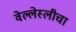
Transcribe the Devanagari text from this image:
वेल्लेस्लीचा